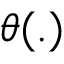
\theta ( . )